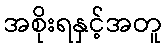
အစိုးရနှင့်အတူ